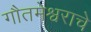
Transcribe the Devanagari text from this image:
गौतमेश्वराचे